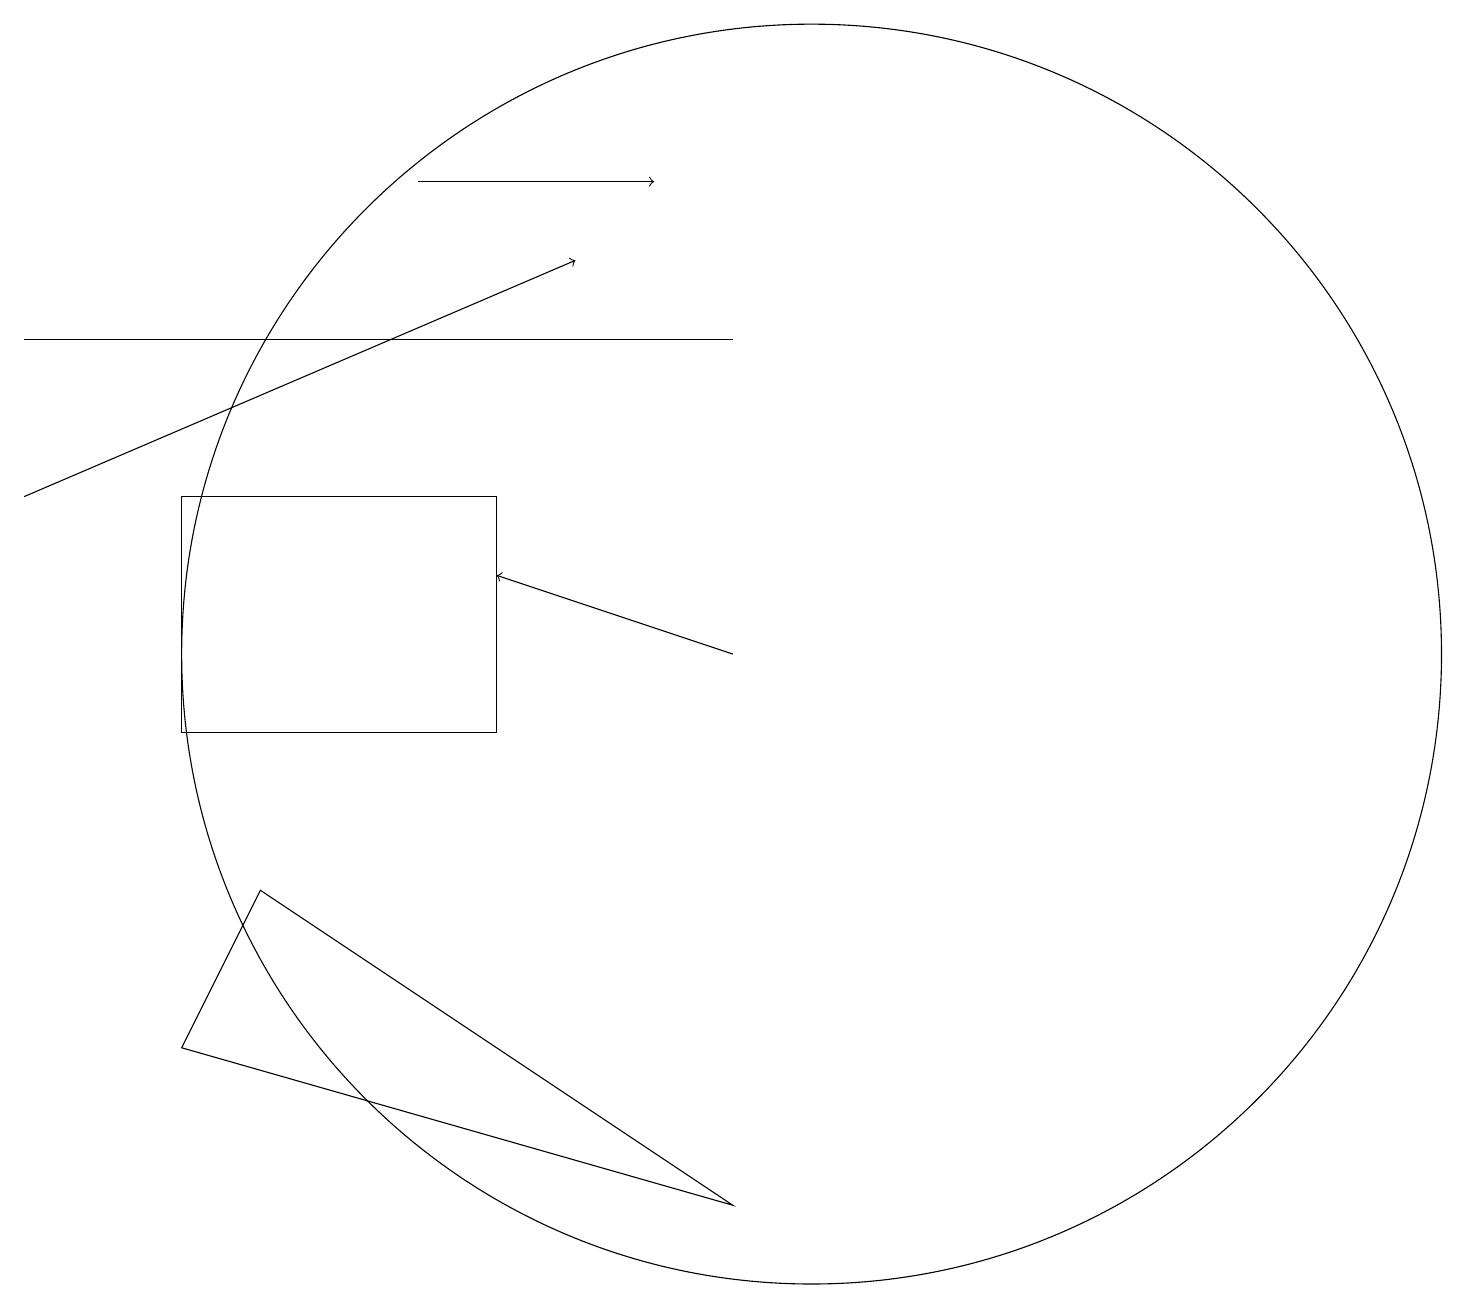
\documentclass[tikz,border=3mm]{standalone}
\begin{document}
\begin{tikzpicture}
\draw[->] (0,13) -- (7,16);
\draw[->] (5,17) -- (8,17);
\draw (2,10) rectangle (6,13);
\draw (10,11) circle (8);
\draw[->] (9,11) -- (6,12);
\draw (9,15) rectangle (0,15);
\draw (2,6) -- (9,4) -- (3,8) -- cycle;
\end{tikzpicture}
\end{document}